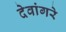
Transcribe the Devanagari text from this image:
देवांगरे